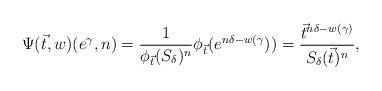
LaTeX: \begin{align*}\Psi(\vec{t},w)(e^{\gamma},n)=\frac{1}{\phi_{\vec{t}}(S_{\delta})^{n}}\phi_{\vec{t}}(e^{n\delta-w(\gamma}))=\frac{\vec{t}^{n\delta-w(\gamma)}}{S_{\delta}(\vec{t})^{n}},\end{align*}